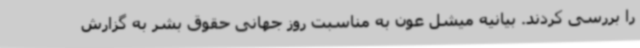
را بررسی کردند. بیانیه میشل عون به مناسبت روز جهانی حقوق بشر به گزارش